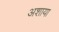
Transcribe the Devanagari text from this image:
अशाया